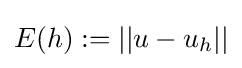
E(h):=||u-u_{h}||